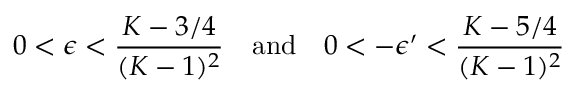
0 < \epsilon < \frac { K - 3 / 4 } { ( K - 1 ) ^ { 2 } } \quad \mathrm { a n d } \quad 0 < - \epsilon ^ { \prime } < \frac { K - 5 / 4 } { ( K - 1 ) ^ { 2 } }